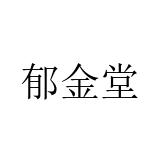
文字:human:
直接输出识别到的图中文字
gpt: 郁金堂